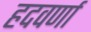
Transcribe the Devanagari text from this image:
हदवर्णा